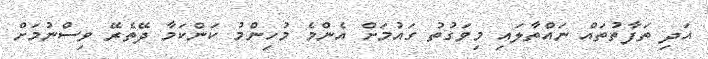
އަދި ތަފާތުތައް ނައްތާލައި މިވަގުތު ގައުމަށް އެންމެ މުހިންމު ކަންކަމާ ދޭތެރޭ ވިސްނުމަށް